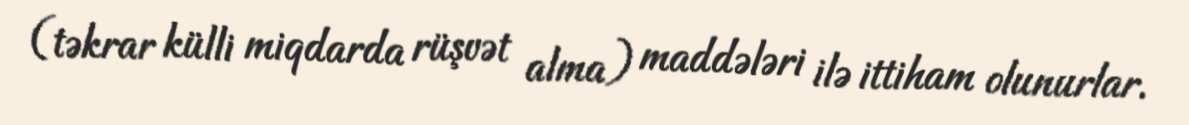
(təkrar külli miqdarda rüşvət alma) maddələri ilə ittiham olunurlar.